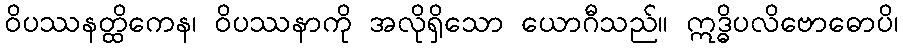
ဝိပဿနတ္ထိကေန၊ ဝိပဿနာကို အလိုရှိသော ယောဂီသည်။ ဣဒ္ဓိပလိဗောဓောပိ၊